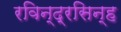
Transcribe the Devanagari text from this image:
रविन्द्रसिन्ह